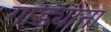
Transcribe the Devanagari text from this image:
गाड्याना